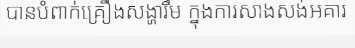
បានបំពាក់គ្រឿងសង្ហារឹម ក្នុងការសាងសង់អគារ